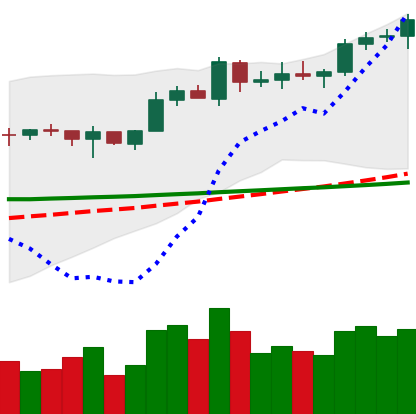
Ticker: EOS-USD
Chart end date: 2020-02-08
Forward return: 12.182%
Label: up_7plus